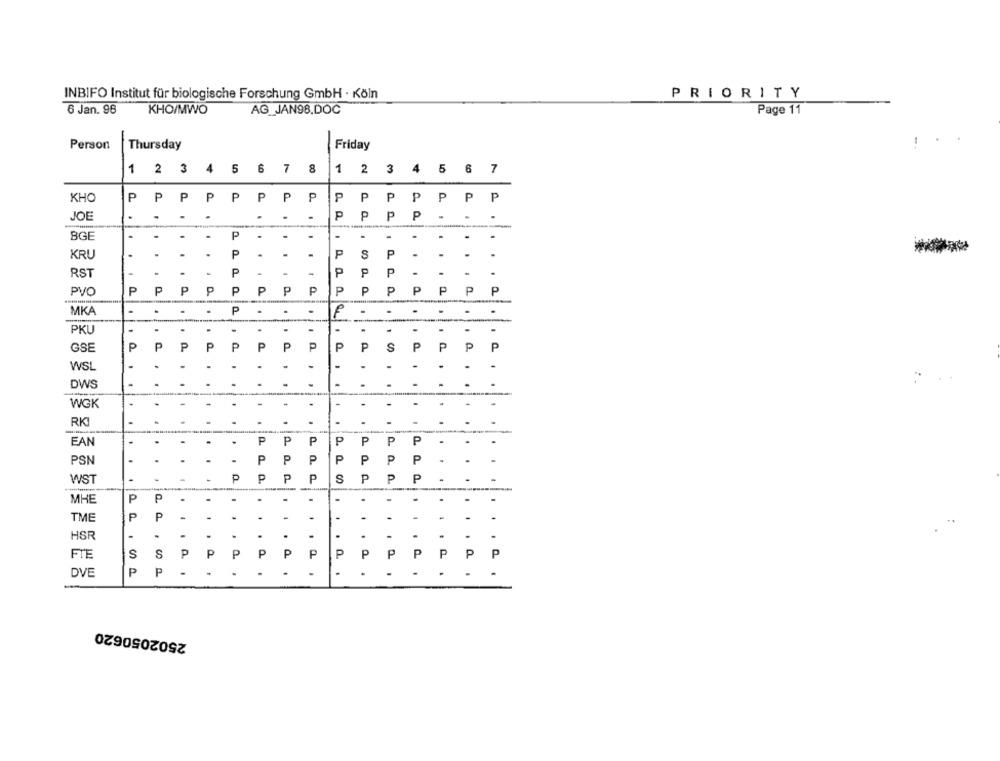
INBIFO Institut für biologische Forschung GmbH · Köln
PRIORITY
6 Jan. 96
KHO/MWO
AG_JAN98.DOC
Page 11
Person
Thursday
Friday
5
6
7
8
1
3
4
7
1 2 3 4
2
5
6
KHO
P
P
P
P
P
P
P
P
P
P
PPPPP
JOE
.
.
P
P
P
P
BGE
.
.
P
.
.
-
.
.
.
-
KRU
.
.
.
.
P
.
-
P
S
P
.
.
RST
.
P
-
-
P
P
P
-
.
P
P
P
P
P
PVO
P
P
P
P
P
P
P
P
P
P
MKA
P
-
.
PKU
GSE
P
P
P
P
P
P
P
P
P
P
S
P
P
p
P
WSL
.
.
DWS
WGK
-
RK
EAN
.
P
P
P
P
P
P
PSN
P
P
P
P
P
P
P
WST
P
P
P
P
P
P
P
-
MHE
P
P
.
-
.
.
-
.
P
P
-
.
.
-
-
-
TME
.
..
HSR
.
-
.
.
.
-
FIE
S
S
P
P
P
P
P
P
P
P
P
P
P
P
P
P
P
-
.
DVE
-
2502050620